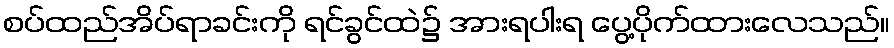
စပ်ထည်အိပ်ရာခင်းကို ရင်ခွင်ထဲ၌ အားရပါးရ ပွေ့ပိုက်ထားလေသည်။